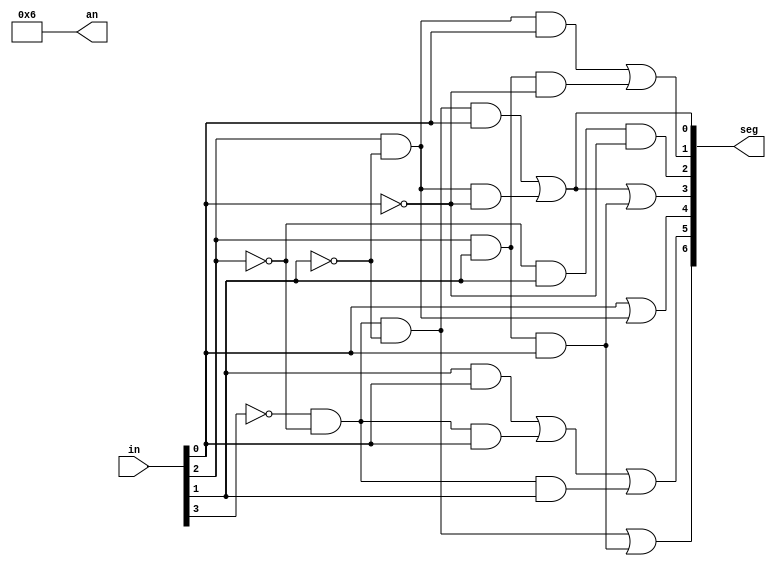
module BCDToLED(
    input  [3:0] in,  // binary input from switches
    output [6:0] seg, // segments
    output [3:0] an   // display specific anodes
);

assign w = in[3];
assign x = in[2];
assign y = in[1];
assign z = in[0];
// assign seg outputs here

assign seg[0] = (~w & ~x & ~y & z) | (x & ~y & ~z);                 // A
assign seg[1] = (x & ~y & z) | (x & y & ~z);                        // B
assign seg[2] = ~x & y & ~z;                                        // C
assign seg[3] = (~w & ~x & ~y & z) | (x & ~y & ~z) | (x & y & z);   // D
assign seg[4] = z |(x & ~y);                                        // E
assign seg[5] = (y & z) | (~w & ~x & z) | (~w & ~x & y);            // F
assign seg[6] = (~w & ~x & ~y) | (x & y & z);                       // G

// assign an output here
assign an[0] = 0;
assign an[1] = 1;
assign an[2] = 1;
assign an[3] = 0;

endmodule